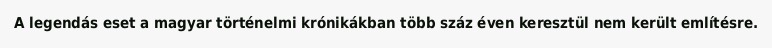
A legendás eset a magyar történelmi krónikákban több száz éven keresztül nem került említésre.